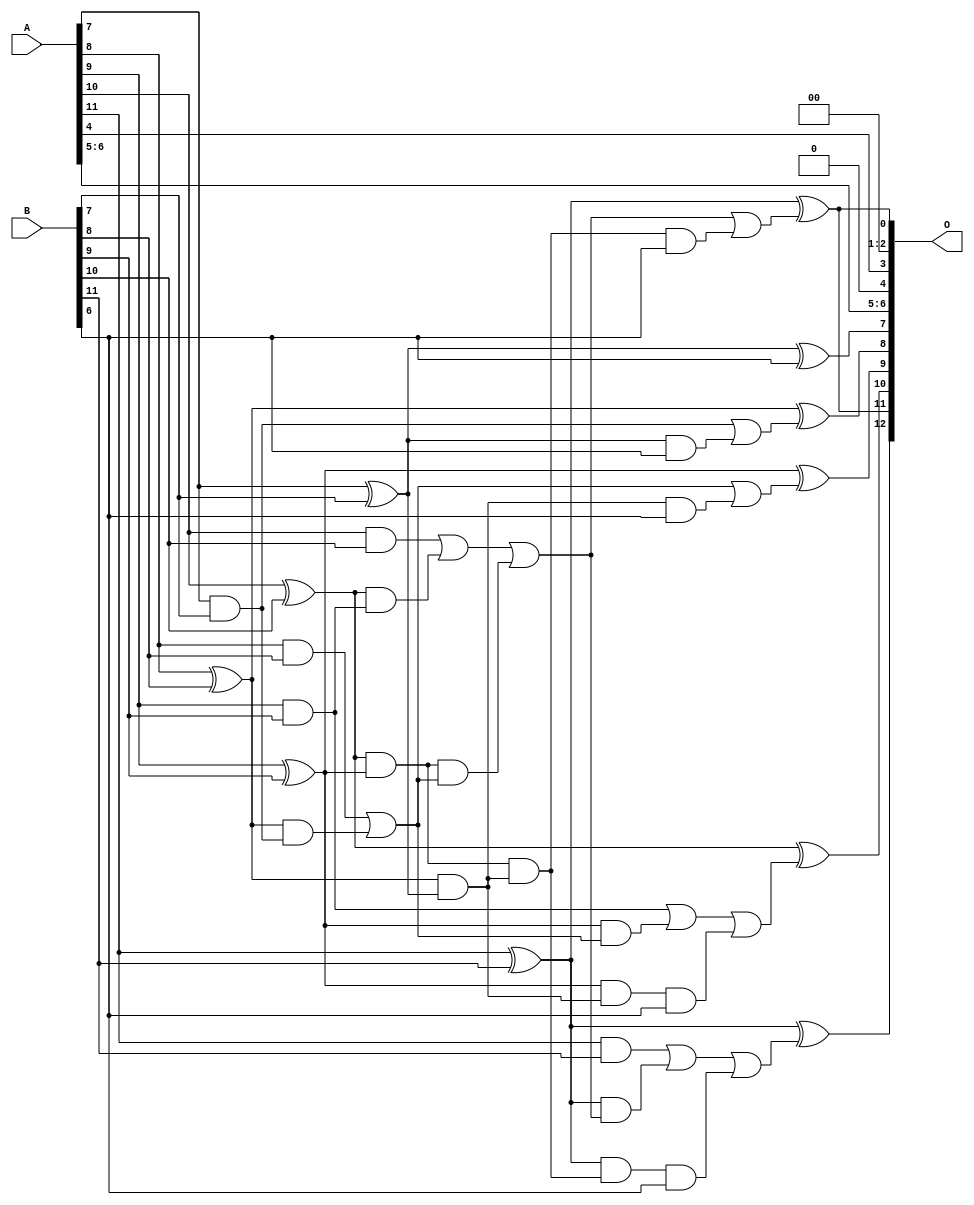
/***
* This code is a part of EvoApproxLib library (ehw.fit.vutbr.cz/approxlib) distributed under The MIT License.
* When used, please cite the following article(s): V. Mrazek, L. Sekanina, Z. Vasicek "Libraries of Approximate Circuits: Automated Design and Application in CNN Accelerators" IEEE Journal on Emerging and Selected Topics in Circuits and Systems, Vol 10, No 4, 2020 
* This file contains a circuit from a sub-set of pareto optimal circuits with respect to the pwr and wce parameters
***/
// MAE% = 0.81 %
// MAE = 33 
// WCE% = 2.10 %
// WCE = 86 
// WCRE% = 6400.00 %
// EP% = 99.22 %
// MRE% = 12.63 %
// MSE = 1513 
// PDK45_PWR = 0.023 mW
// PDK45_AREA = 48.8 um2
// PDK45_DELAY = 0.43 ns

module add12se_5CX (
    A,
    B,
    O
);

input [11:0] A;
input [11:0] B;
output [12:0] O;

wire sig_38,sig_39,sig_40,sig_41,sig_42,sig_43,sig_44,sig_45,sig_46,sig_47,sig_48,sig_58,sig_59,sig_60,sig_61,sig_62,sig_63,sig_74,sig_75,sig_76;
wire sig_77,sig_78,sig_79,sig_88,sig_89,sig_90,sig_91,sig_92,sig_93,sig_94,sig_95,sig_96,sig_97,sig_98,sig_99,sig_100,sig_107,sig_108,sig_109,sig_110;
wire sig_111,sig_112;

assign sig_38 = A[7] & B[7];
assign sig_39 = A[7] ^ B[7];
assign sig_40 = A[8] & B[8];
assign sig_41 = A[8] ^ B[8];
assign sig_42 = A[9] & B[9];
assign sig_43 = A[9] ^ B[9];
assign sig_44 = A[10] & B[10];
assign sig_45 = A[10] ^ B[10];
assign sig_46 = A[11] & B[11];
assign sig_47 = A[11] ^ B[11];
assign sig_48 = A[11] ^ B[11];
assign sig_58 = sig_41 & sig_38;
assign sig_59 = sig_41 & sig_39;
assign sig_60 = sig_40 | sig_58;
assign sig_61 = sig_45 & sig_42;
assign sig_62 = sig_45 & sig_43;
assign sig_63 = sig_44 | sig_61;
assign sig_74 = sig_43 & sig_60;
assign sig_75 = sig_43 & sig_59;
assign sig_76 = sig_42 | sig_74;
assign sig_77 = sig_62 & sig_60;
assign sig_78 = sig_62 & sig_59;
assign sig_79 = sig_63 | sig_77;
assign sig_88 = sig_47 & sig_79;
assign sig_89 = sig_47 & sig_78;
assign sig_90 = sig_46 | sig_88;
assign sig_91 = sig_39 & B[6];
assign sig_92 = sig_38 | sig_91;
assign sig_93 = sig_59 & B[6];
assign sig_94 = sig_60 | sig_93;
assign sig_95 = sig_75 & B[6];
assign sig_96 = sig_76 | sig_95;
assign sig_97 = sig_78 & B[6];
assign sig_98 = sig_79 | sig_97;
assign sig_99 = sig_89 & B[6];
assign sig_100 = sig_90 | sig_99;
assign sig_107 = sig_39 ^ B[6];
assign sig_108 = sig_41 ^ sig_92;
assign sig_109 = sig_43 ^ sig_94;
assign sig_110 = sig_45 ^ sig_96;
assign sig_111 = sig_47 ^ sig_98;
assign sig_112 = sig_48 ^ sig_100;

assign O[12] = sig_112;
assign O[11] = sig_111;
assign O[10] = sig_110;
assign O[9] = sig_109;
assign O[8] = sig_108;
assign O[7] = sig_107;
assign O[6] = A[6];
assign O[5] = A[5];
assign O[4] = 1'b0;
assign O[3] = A[4];
assign O[2] = 1'b0;
assign O[1] = 1'b0;
assign O[0] = sig_111;

endmodule